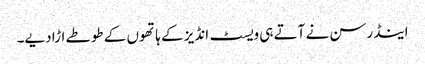
اینڈرسن نے آتے ہی ویسٹ انڈیز کے ہاتھوں کے طوطے اڑا دیے۔